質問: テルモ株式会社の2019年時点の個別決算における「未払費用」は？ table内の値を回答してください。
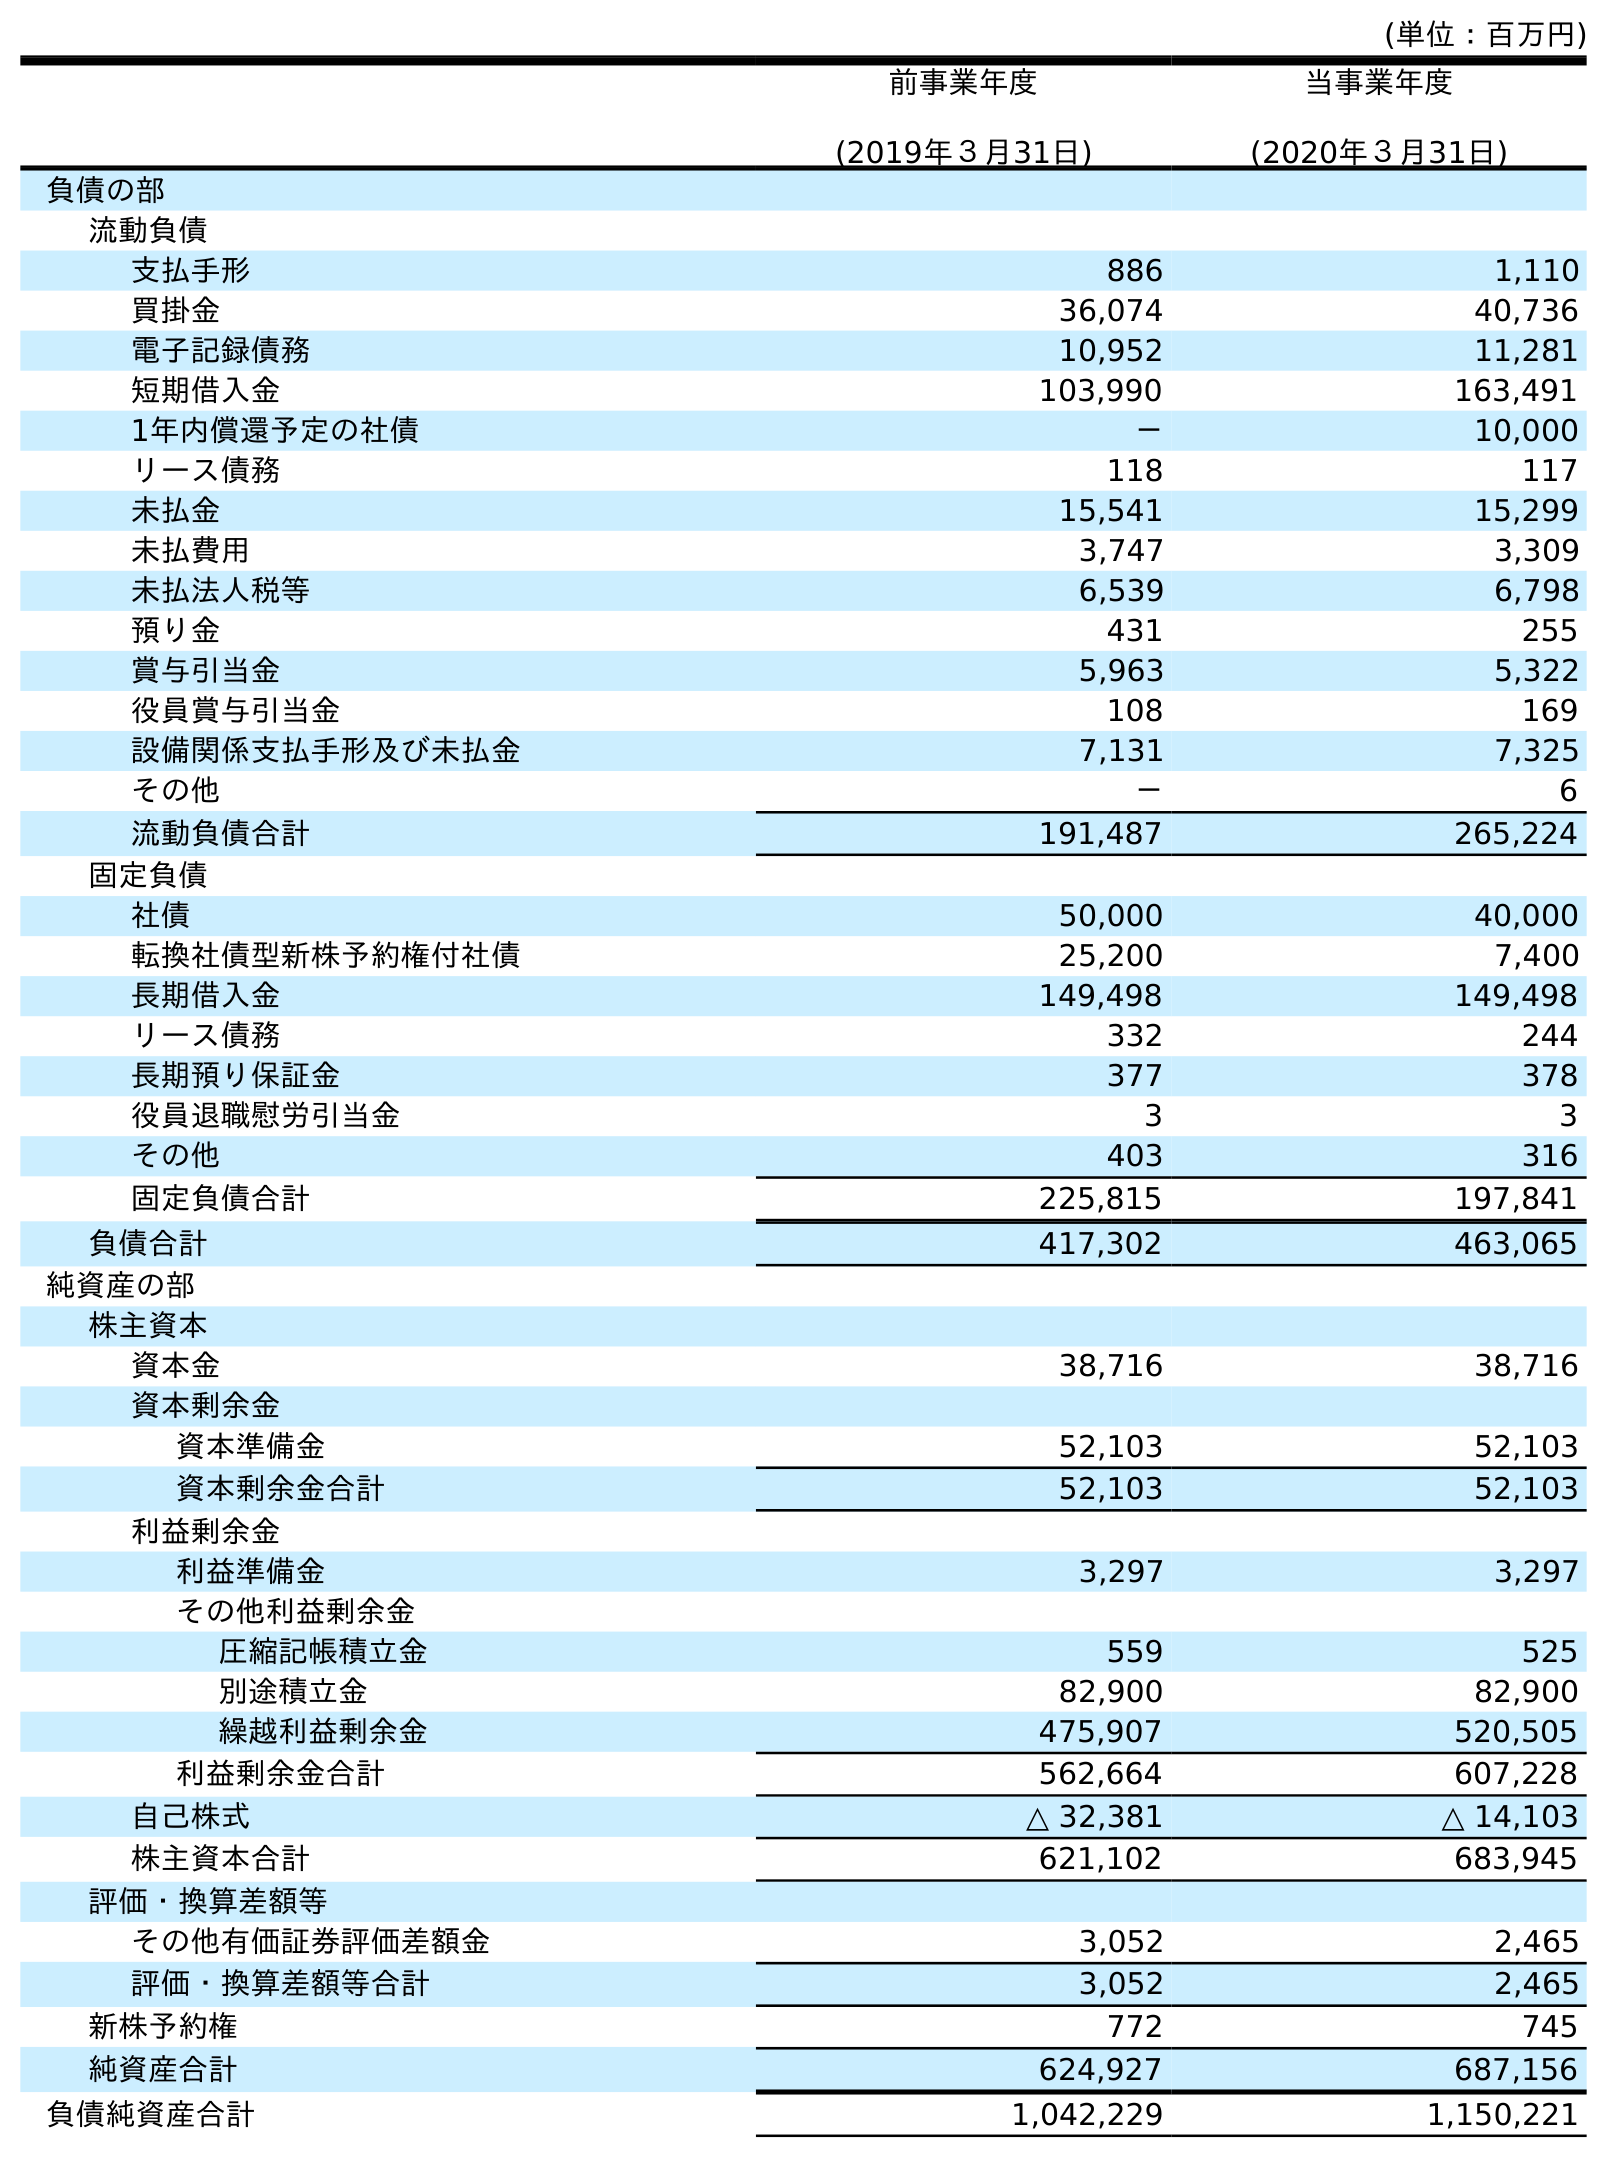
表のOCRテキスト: (単位：百万円) 前事業年度 (2019年３月31日) 当事業年度 (2020年３月31日) 負債の部 流動負債 支払手形 886 1,110 買掛金 36,074 40,736 電子記録債務 10,952 11,281 短期借入金 103,990 163,491 1年内償還予定の社債 － 10,000 リース債務 118 117 未払金 15,541 15,299 未払費用 3,747 3,309 未払法人税等 6,539 6,798 預り金 431 255 賞与引当金 5,963 5,322 役員賞与引当金 108 169 設備関係支払手形及び未払金 7,131 7,325 その他 － 6 流動負債合計 191,487 265,224 固定負債 社債 50,000 40,000 転換社債型新株予約権付社債 25,200 7,400 長期借入金 149,498 149,498 リース債務 332 244 長期預り保証金 377 378 役員退職慰労引当金 3 3 その他 403 316 固定負債合計 225,815 197,841 負債合計 417,302 463,065 純資産の部 株主資本 資本金 38,716 38,716 資本剰余金 資本準備金 52,103 52,103 資本剰余金合計 52,103 52,103 利益剰余金 利益準備金 3,297 3,297 その他利益剰余金 圧縮記帳積立金 559 525 別途積立金 82,900 82,900 繰越利益剰余金 475,907 520,505 利益剰余金合計 562,664 607,228 自己株式 △ 32,381 △ 14,103 株主資本合計 621,102 683,945 評価・換算差額等 その他有価証券評価差額金 3,052 2,465 評価・換算差額等合計 3,052 2,465 新株予約権 772 745 純資産合計 624,927 687,156 負債純資産合計 1,042,229 1,150,221
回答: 3,747